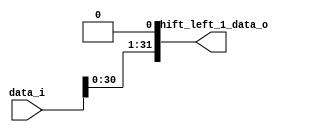
`timescale 1ns/1ps

module ShiftLeft1(
    input [31:0] data_i,
    output reg [31:0] shift_left_1_data_o
);
    always@(*)begin
        shift_left_1_data_o = data_i << 1 ; 
    end
    
endmodule